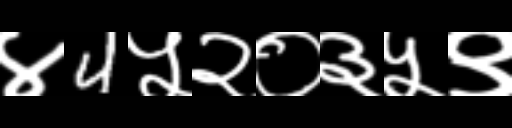
Text: ४4५२०३५९